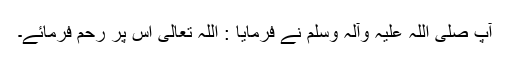
آپ صلی اللہ علیہ وآلہ وسلم نے فرمایا : اللہ تعالیٰ اس پر رحم فرمائے۔